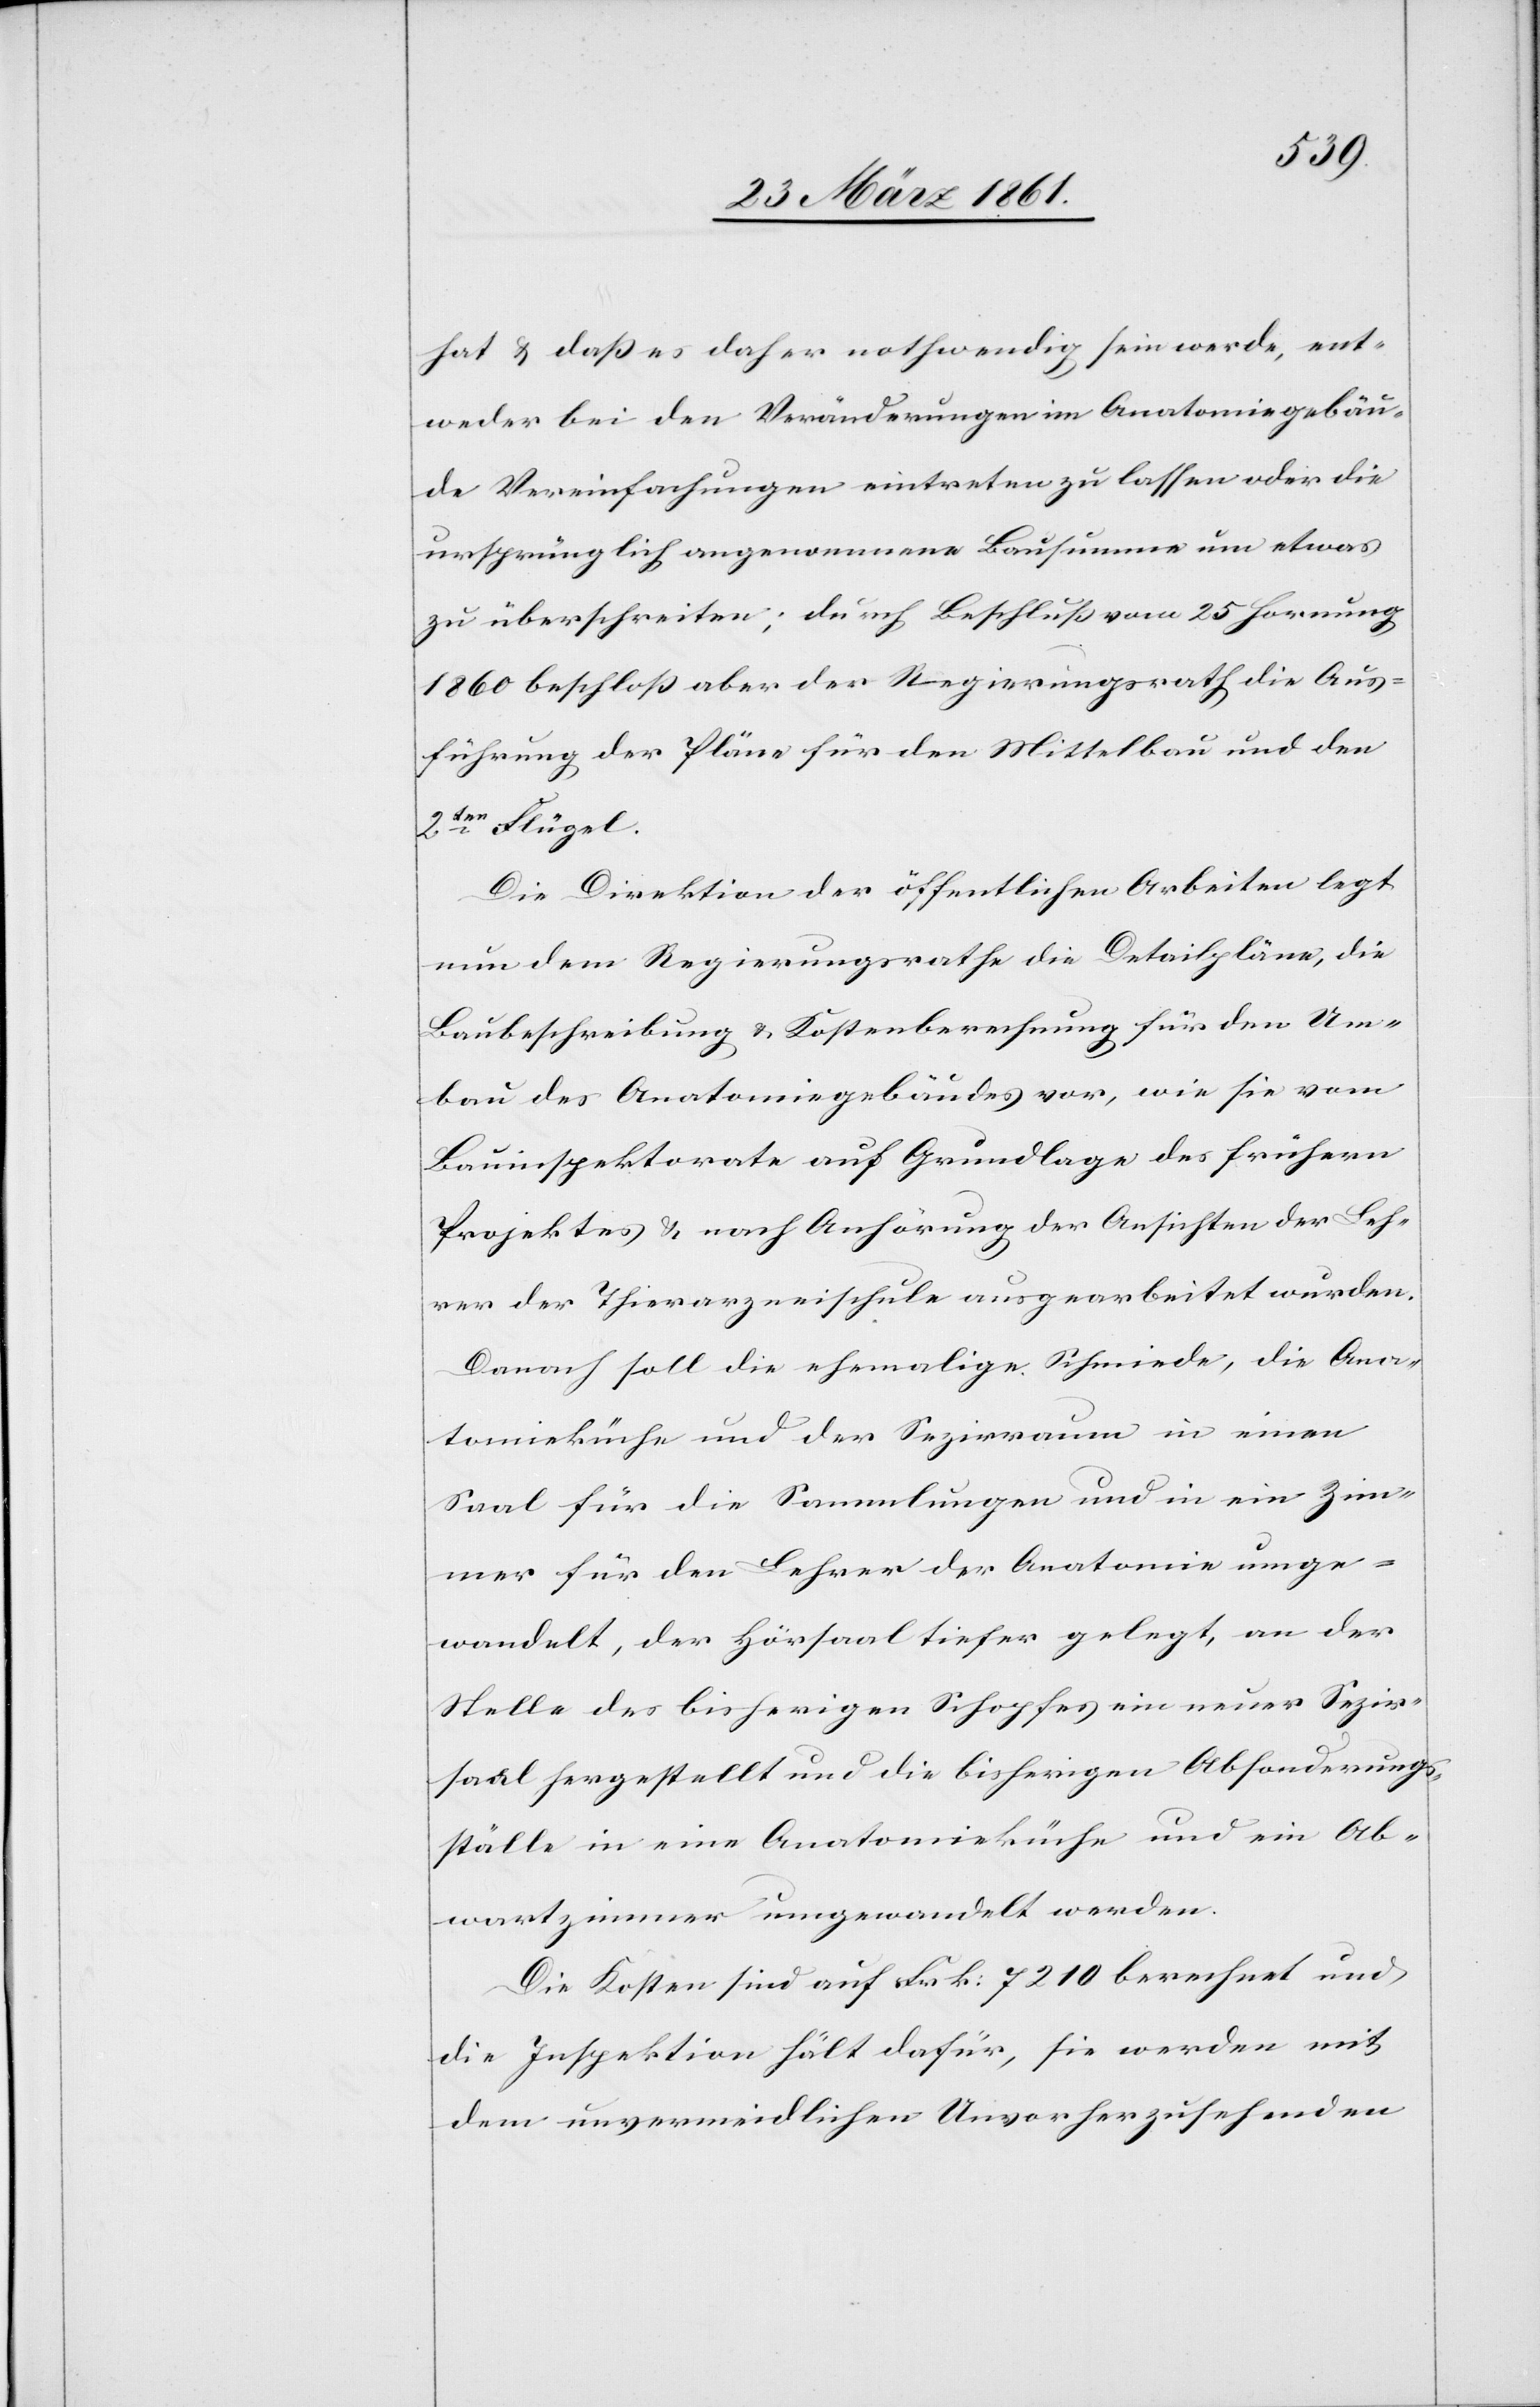
hat[)] u. daß es daher nothwendig sein werde, ent¬
weder bei den Veränderungen im Anatomiegebäu¬
de Vereinfachungen eintreten zu lassen oder die
ursprünglich angenommene Bausumme um etwas
zu überstreiten; durch Beschluß vom 25. Hornung
1860 beschloß aber der Regierungsrath die Aus¬
führung der Pläne für den Mittelbau und den
2ten Flügel.
Die Direktion der öffentlichen Arbeiten legt
nun dem Regierungsrathe die Detailpläne, die
Baubeschreibung u. Kostenberechnung für den Um¬
bau des Anatomiegebäudes vor, wie sie vom
Bauinspektorate auf Grundlage des frühern
Projektes und nach Anhörung der Ansichten der Leh¬
rer der Thierarzneischule ausgearbeitet wurden.
Danach soll die ehemalige Schmiede, die Ana¬
tomieküche und der Sezirraum in einen
Saale für die Sammlungen und in ein Zim¬
mer für den Lehrer der Anatomie umge¬
wandelt, der Hörsaal tiefer gelegt, an der
Stelle des bisherigen Schopfes ein neuer Sezir¬
saal hergestellt und die bisherigen Absonderungs¬
ställe in eine Anatomieküche und ein Ab¬
wartzimmer umgewandelt werden.
Die Kosten sind auf Frk. 7210 berechnet und
die Inspektion hält dafür, sie werden mit
dem unvermeidlichen Unvorherzusehenden